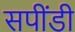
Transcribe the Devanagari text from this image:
सपींडी